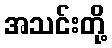
အသင်းတို့